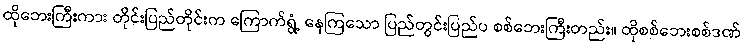
ထိုဘေးကြီးကား တိုင်းပြည်တိုင်းက ကြောက်ရွံ့ နေကြသော ပြည်တွင်းပြည်ပ စစ်ဘေးကြီးတည်း။ ထိုစစ်ဘေးစစ်ဒဏ်